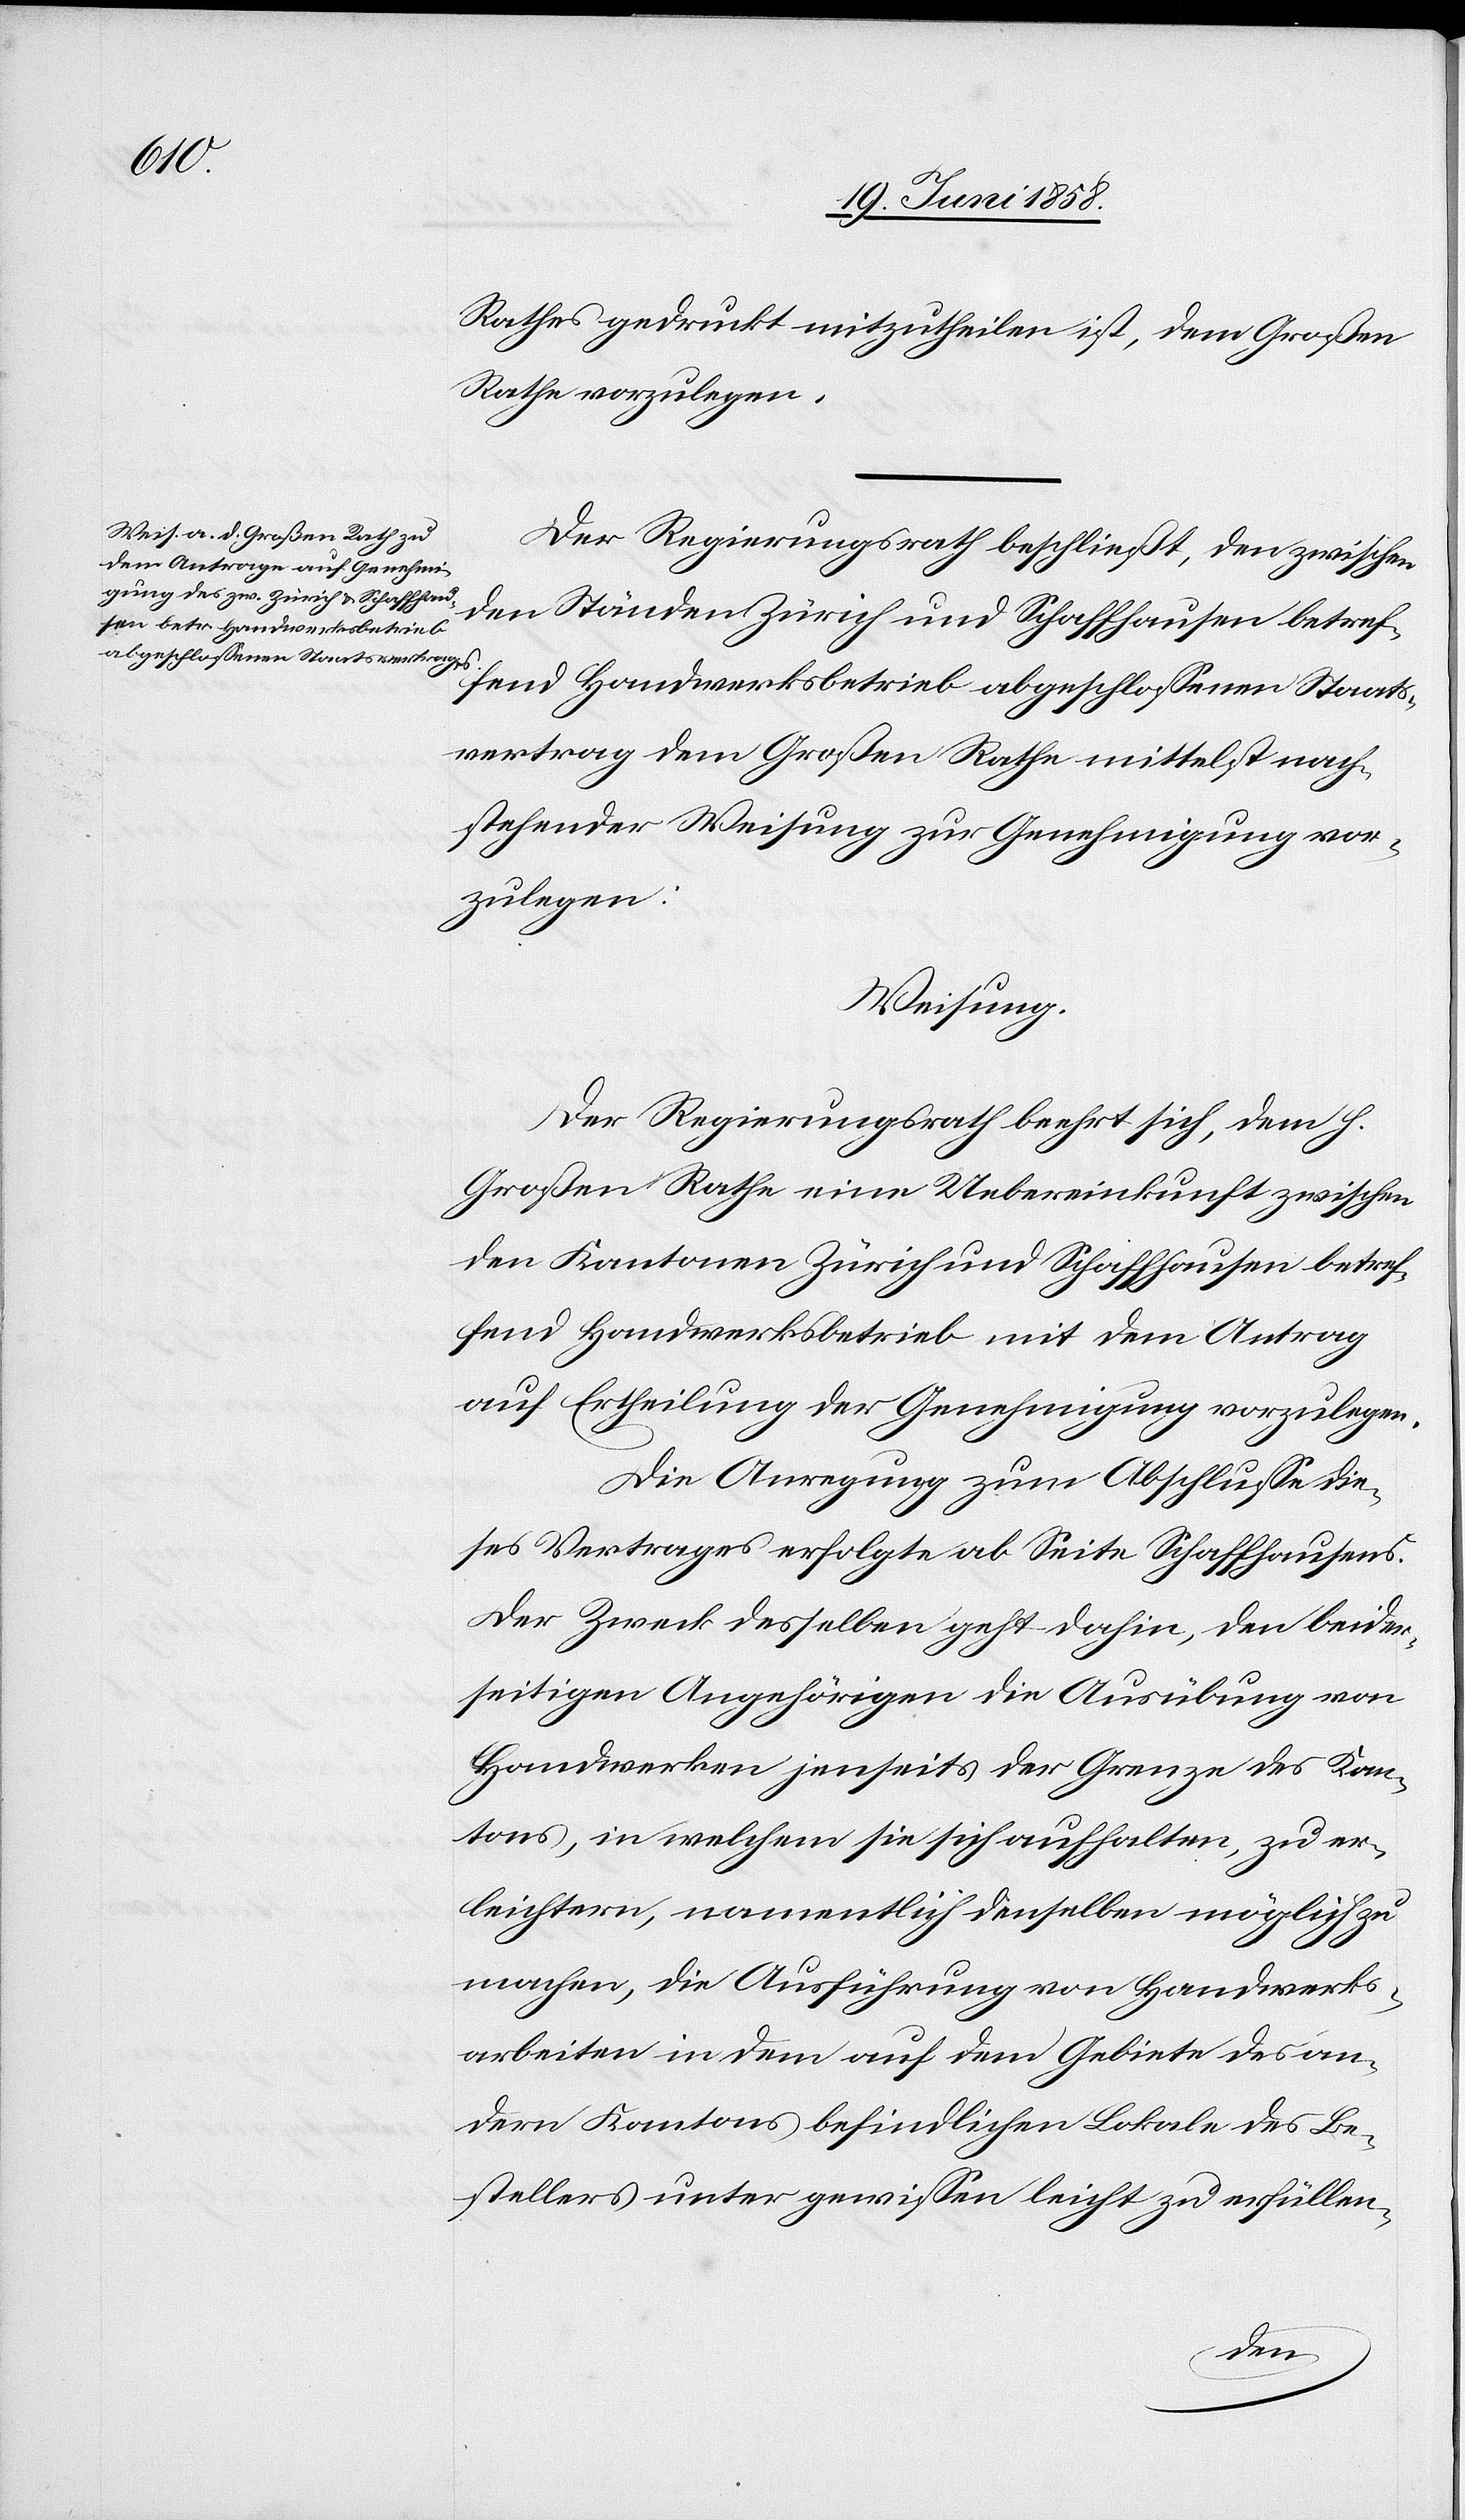
Rathes gedruckt mitzutheilen ist, dem Großen
Rathe vorzulegen.
Der Regierungsrath beschließt, den zwischen
den Ständen Zürich und Schaffhausen betref¬
fend Handwerksbetrieb abgeschlossenen Staats¬
vertrag dem Großen Rathe mittelst nach¬
stehender Weisung zur Genehmigung vor¬
zulegen:
Weisung.
Der Regierungsrath beehrt sich, dem h.
Großen Rathe eine Uebereinkunft zwischen
den Kantonen Zürich und Schaffhausen betref¬
fend Handwerksbetrieb mit dem Antrag
auf Ertheilung der Genehmigung vorzulegen.
Die Anregung zum Abschlusse die¬
ses Vertrages erfolgte ab Seite Schaffhausens.
Der Zweck desselben geht dahin, den beider¬
seitigen Angehörigen die Ausübung von
Handwerken jenseits der Grenze des Kan¬
tons, in welchem sie sich aufhalten, zu er¬
leichtern, namentlich denselben möglich zu
machen, die Ausführung von Handwerks¬
arbeiten in dem auf dem Gebiete des an¬
dern Kantons befindlichen Lokale des Be¬
stellers unter gewissen leicht zu erfüllen-